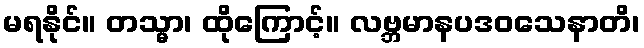
မရနိုင်။ တသ္မာ၊ ထိုကြောင့်။ လဗ္ဘမာနပဒဝသေနာတိ၊